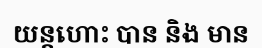
យន្តហោះ បាន និង មាន